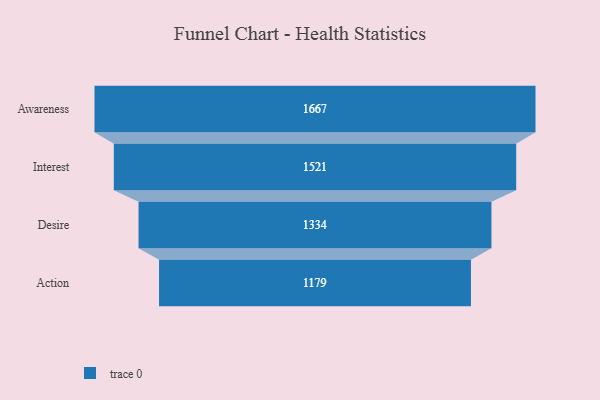
{"axis": {"x": "Stage", "y": "Value"}, "legend": [""], "data": [{"x": "Awareness", "y": 1667.0, "type": ""}, {"x": "Interest", "y": 1521.0, "type": ""}, {"x": "Desire", "y": 1334.0, "type": ""}, {"x": "Action", "y": 1179.0, "type": ""}]}